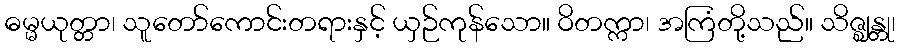
ဓမ္မယုတ္တာ၊ သူတော်ကောင်းတရားနှင့် ယှဉ်ကုန်သော။ ဝိတက္ကာ၊ အကြံတို့သည်။ သိဇ္ဈန္တု၊